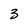
Character: 3